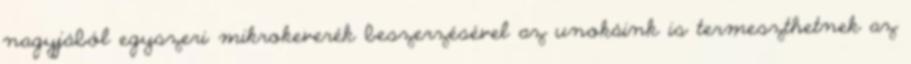
nagyjából egyszeri mikrokeverék beszerzésével az unokáink is termeszthetnek az